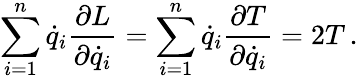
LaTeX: \sum_{i=1}^{n}{\dot{q}}_{i}{\frac{\partial L}{\partial{\dot{q}}_{i}}}=\sum_{i=1}^{n}{\dot{q}}_{i}{\frac{\partial T}{\partial{\dot{q}}_{i}}}=2T\, .